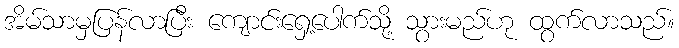
အိမ်သာမှပြန်လာပြီး ကျောင်းရှေ့ပေါက်သို့ သွားမည်ဟု ထွက်လာသည်။